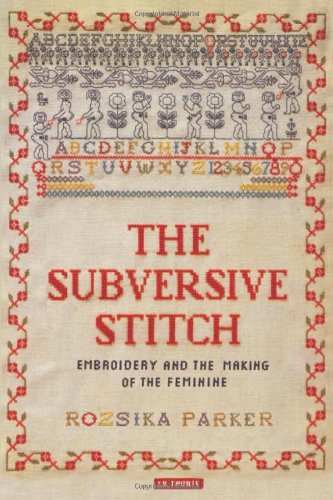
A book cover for The Subversive Stitch: Embroidery and the Making of the Feminine; Rozsika Parker; Crafts, Hobbies & Home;